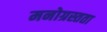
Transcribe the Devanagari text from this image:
मनोग्रस्तता